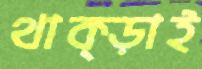
থাক্‌ড়াই